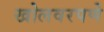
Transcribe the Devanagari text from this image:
खोलवरपणे